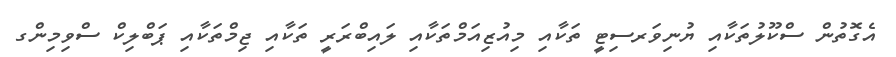
އެގޮތުން ސްކޫލުތަކާއި ޔުނިވަރސިޓީ ތަކާއި މިއުޒިއަމްތަކާއި ލައިބްރަރީ ތަކާއި ޖިމްތަކާއި ޕަބްލިކް ސްވިމިންގ